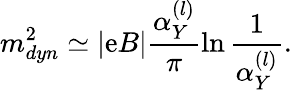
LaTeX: m_{dyn}^{2}\simeq|\mathrm{e}B|\frac{{\alpha_{Y}^{(l)}}}{{\pi}}\ln\frac{{1}}{{\alpha_{Y}^{(l)}}}.